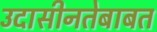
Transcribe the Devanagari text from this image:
उदासीनतेबाबत